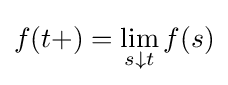
f(t+)=\lim _{s\downarrow t}f(s)